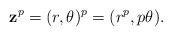
LaTeX: \begin{align*} \mathbf{z}^p=(r,\theta )^p=(r^p, p\theta ). \end{align*}